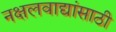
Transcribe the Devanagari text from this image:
नक्षलवाद्यांसाठी